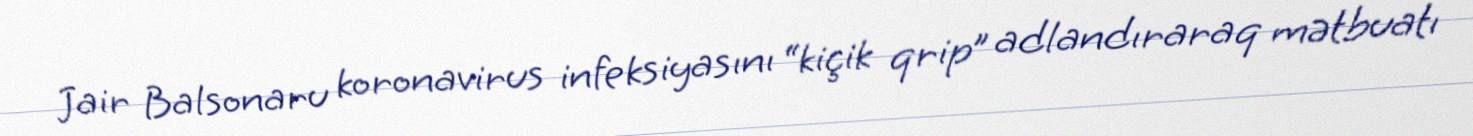
Jair Balsonaru koronavirus infeksiyasını “kiçik qrip” adlandıraraq mətbuatı